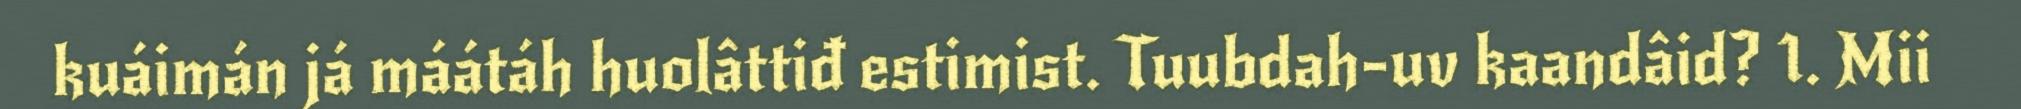
kuáimán já máátáh huolâttiđ estimist. Tuubdah-uv kaandâid? 1. Mii